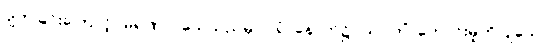
ပျက်ခြင်းကြောင့်။ မရဏာ၊ သေသည်မှ။ ပရံ၊ နောက်၌။ သုဂတိံ၊ ကောင်းမှုကိုပြုသော